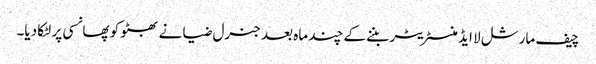
چیف مارشل لا ایڈمنسٹریٹر بننے کے چند ماہ بعد جنرل ضیا نے بھٹو کو پھانسی پر لٹکا دیا۔